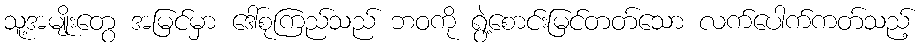
သူ့အမျိုးတွေ အမြင်မှာ ဒေါ်စုကြည်သည် ဘဝကို ရွဲ့စောင်းမြင်တတ်သော လက်ပေါက်ကတ်သည့်